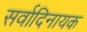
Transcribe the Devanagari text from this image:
सर्वादिनायक